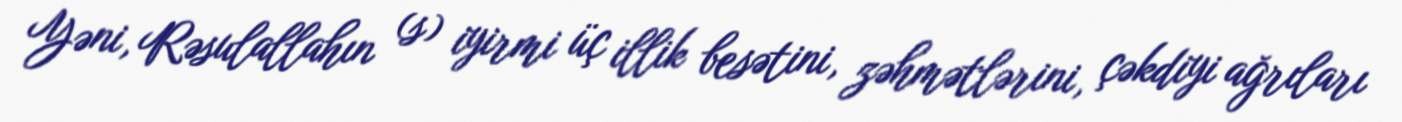
Yəni, Rəsulallahın (s) iyirmi üç illik besətini, zəhmətlərini, çəkdiyi ağrıları